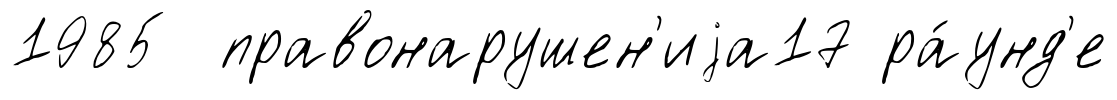
1985 правонарушен'иjа17 ра́унд'е